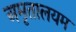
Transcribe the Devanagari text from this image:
अमृतालयम